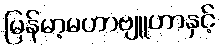
မြန်မာ့မဟာဗျူဟာနှင့်